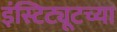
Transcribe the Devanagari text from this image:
इंस्टिट्यूटच्या